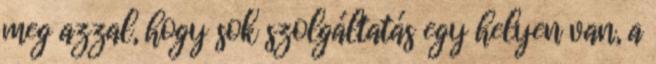
meg azzal, hogy sok szolgáltatás egy helyen van, a